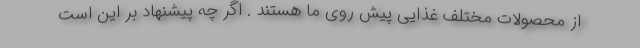
از محصولات مختلف غذایی پیش روی ما هستند . اگر چه پیشنهاد بر این است